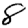
Digit: 8